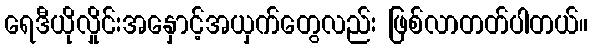
ရေဒီယိုလှိုင်းအနှောင့်အယှက်တွေလည်း ဖြစ်လာတတ်ပါတယ်။